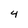
Character: 4